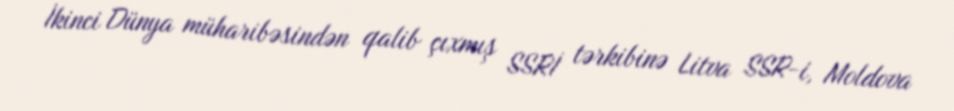
İkinci Dünya müharibəsindən qalib çıxmış SSRİ tərkibinə Litva SSR-i, Moldova